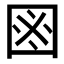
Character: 𱕻